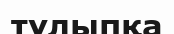
тұлыпқа